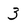
Character: 3